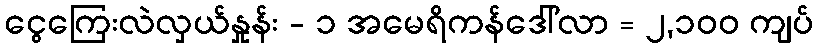
ငွေကြေးလဲလှယ်နှုန်း - ၁ အမေရိကန်ဒေါ်လာ = ၂,၁၀၀ ကျပ်